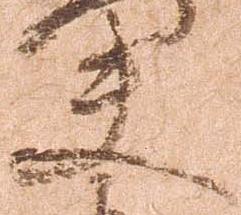
夫